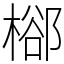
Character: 㮝